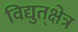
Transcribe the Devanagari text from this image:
विद्युत्‌क्षेत्र